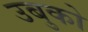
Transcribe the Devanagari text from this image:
उबुको